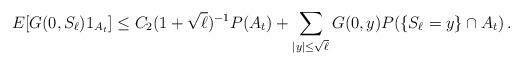
LaTeX: \begin{align*}E[G(0,S_\ell) 1_{A_t}] \le C_2 (1+\sqrt{\ell})^{-1} P(A_t) + \sum_{|y| \le \sqrt{\ell}} G(0,y) P(\{S_\ell=y\} \cap A_t) \,.\end{align*}